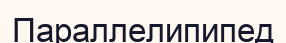
Параллелипипед